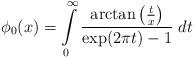
LaTeX: \begin{align*} \phi_0(x) = \int \limits_0^\infty \frac{\arctan \left(\frac{t}{x}\right)}{\exp(2\pi t) - 1} \; dt \end{align*}